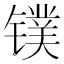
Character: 镤